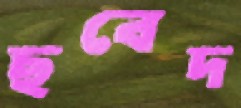
ছবেদ